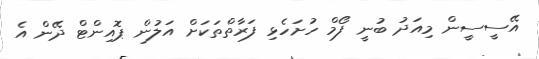
އޭސީސީން މިއަދު ބުނީ ފޯމް ހުށަހެޅި ފަރާތްތަކަށް އަލުން ޕޮއިންޓް ދޭން އެ